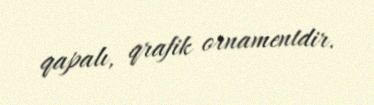
qapalı, qrafik ornamentdir.